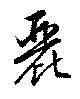
麗